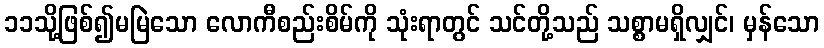
၁၁သို့ဖြစ်၍မမြဲသော လောကီစည်းစိမ်ကို သုံးရာတွင် သင်တို့သည် သစ္စာမရှိလျှင်၊ မှန်သော